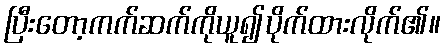
ပြီးတော့ကက်ဆက်ကိုယူ၍ပိုက်ထားလိုက်၏။